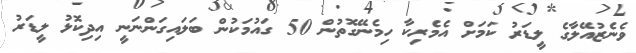
ވެނެޒުއޭލާގެ ލީޑަރު ކަމަށް އެމެރިކާ ހިމެނޭގޮތުން 50 ގައުމަކުން ބަލައިގަންނަނީ އިދިކޮޅު ލީޑަރު